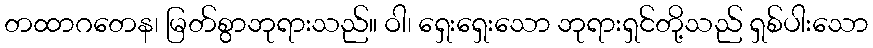
တထာဂတေန၊ မြတ်စွာဘုရားသည်။ ဝါ၊ ရှေးရှေးသော ဘုရားရှင်တို့သည် ရှစ်ပါးသော